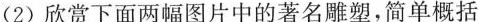
(2)欣赏下面两幅图片中的著名雕塑，简单概括